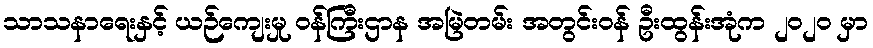
သာသနာရေးနှင့် ယဉ်ကျေးမှု ဝန်ကြီးဌာန အမြဲတမ်း အတွင်းဝန် ဦးထွန်းအုံက ၂၀၂၀ မှာ